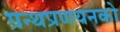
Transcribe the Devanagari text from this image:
ग्रन्थप्रणयनकाे